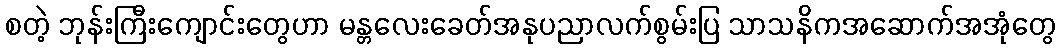
စတဲ့ ဘုန်းကြီးကျောင်းတွေဟာ မန္တလေးခေတ်အနုပညာလက်စွမ်းပြ သာသနိကအဆောက်အအုံတွေ